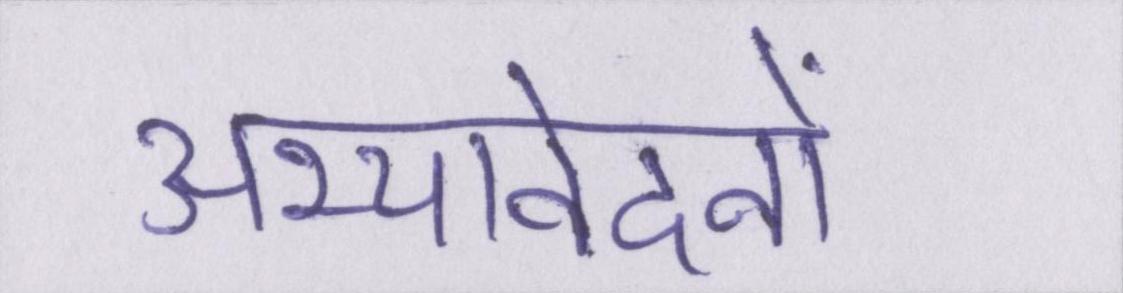
अभ्यावेदनों